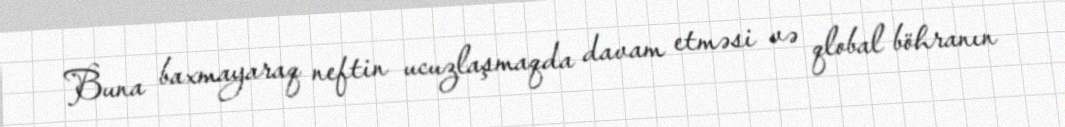
Buna baxmayaraq neftin ucuzlaşmaqda davam etməsi və qlobal böhranın